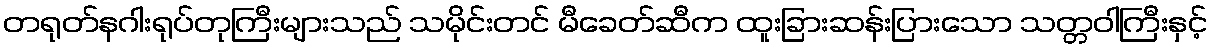
တရုတ်နဂါးရုပ်တုကြီးများသည် သမိုင်းတင် မီခေတ်ဆီက ထူးခြားဆန်းပြားသော သတ္တဝါကြီးနှင့်